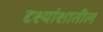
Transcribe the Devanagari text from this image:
दृश्यांशातील